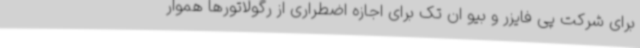
برای شرکت پی فایزر و بیو ان تک برای اجازه اضطراری از رگولاتورها هموار